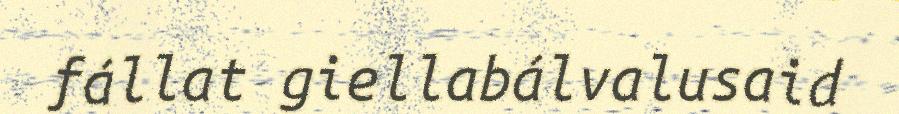
fállat giellabálvalusaid